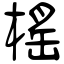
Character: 榣